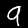
Label: 9